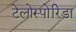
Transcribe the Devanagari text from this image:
टेलोस्पोरिडा